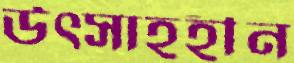
উত্সাহহীন